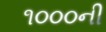
૧૦૦૦ની